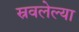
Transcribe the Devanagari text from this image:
स्रवलेल्या